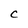
Character: C